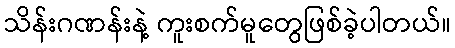
သိန်းဂဏန်းနဲ့ ကူးစက်မူတွေဖြစ်ခဲ့ပါတယ်။